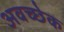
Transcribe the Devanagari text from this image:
अवच्छेक